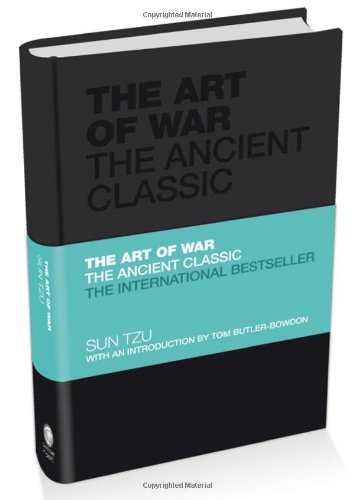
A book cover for The Art of War: The Ancient Classic; Sun Tzu; History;